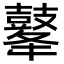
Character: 𪔔